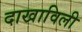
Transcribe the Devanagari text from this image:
दाखाविली